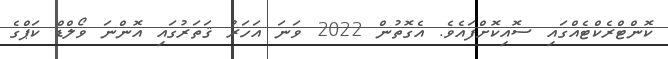
ކޮންޓްރެކްޓެއްގައި ސޮއިކޮށްފައެވެ. އެގޮތުން 2022 ވަނަ އަހަރު ޤަތަރުގައި އޮންނަ ވޯލްޑް ކަޕްގެ